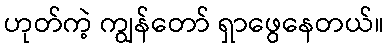
ဟုတ်ကဲ့ ကျွန်တော် ရှာဖွေနေတယ်။